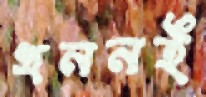
খননই